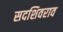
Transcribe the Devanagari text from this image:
सदशिवराव